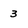
Character: 3